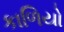
કાળિયો